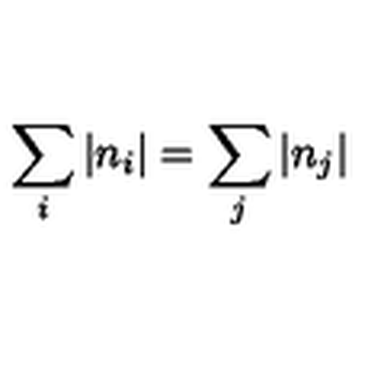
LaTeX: \sum _ { i } \left| n _ { i } \right| = \sum _ { j } \left| n _ { j } \right|